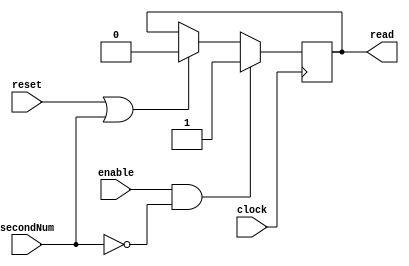
module FlipFlop (clock, reset, read, enable, secondNum);
	input clock, reset, enable, secondNum;
	output reg read;
	
	initial read = 0;
	
	always @ (posedge clock)
	begin
		if (reset || secondNum)
			read <= 0;
		
		if (enable && !secondNum) 
			read <= 1;
		
			
	end
	
endmodule